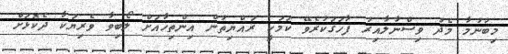
މިބުނުމާ މެދު ވިސްނާލާއިރު ފާހަގަކުރެވޭ ކަމަކީ ރައްޔިތުން އިންތިހާއަށް ލޯބިވާ ވެރިޔަކާ ދެކޮޅަށް